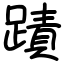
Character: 蹟